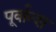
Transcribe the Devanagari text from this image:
पूर्वान्श